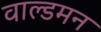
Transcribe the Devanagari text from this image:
वाल्डमन